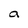
Character: a